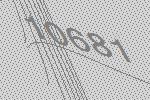
10681